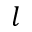
l